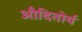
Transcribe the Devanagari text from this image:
औदितोर्य